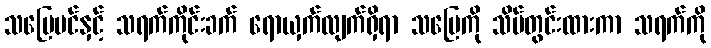
သပြေပင်နှင့် သရက်ကိုင်းခက် ရောယှက်လျက်ရှိရာ သပြေကို သိမ်တွင်းထားကာ သရက်ကို